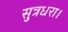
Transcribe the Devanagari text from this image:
सुत्रधरा।